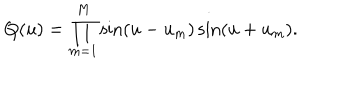
Q ( u ) = \prod _ { m = 1 } ^ { M } \sin ( u - u _ { m } ) \sin ( u + u _ { m } ) . \nonumber